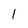
Character: 1